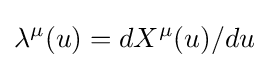
\lambda ^{\mu }(u)=dX^{\mu }(u)/du